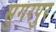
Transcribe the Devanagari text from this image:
सुगंरपुर